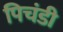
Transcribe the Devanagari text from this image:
पिचंडी